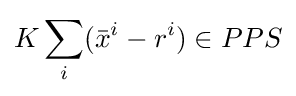
K\sum _{i}({\bar {x}}^{i}-r^{i})\in PPS